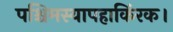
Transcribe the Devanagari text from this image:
पश्चिमस्यापहाकिंरक।